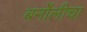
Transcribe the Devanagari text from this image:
बर्नोलीचा